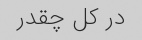
در کل چقدر